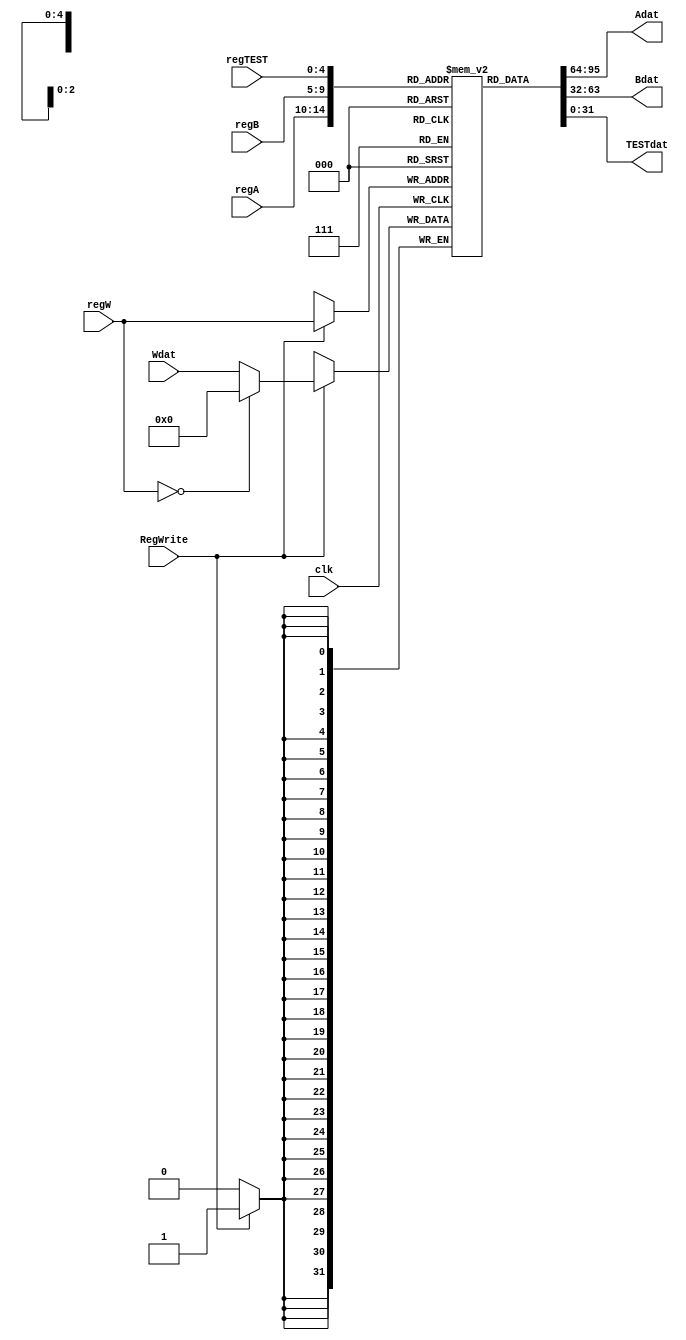
module RegFile (clk,  regA, regB, regTEST, regW, Wdat, RegWrite,  Adat, Bdat, TESTdat);
    input clk,RegWrite;		// write enable
    input [4:0] regTEST, regA, regB, regW;	// source/dest register address
    input [31:0] Wdat;			// data writing to dest
    output wire [31:0] Adat, Bdat, TESTdat;		// data read from source
	 reg [31:0] regfile [0:31];
	 assign  Adat=regfile[regA];
	 assign  Bdat=regfile[regB];
	 assign  TESTdat=regfile[regTEST];
	 always @(posedge clk) begin
        //Deal with asynchronized Reset signal
		if(RegWrite) regfile[regW]=(regW==0)?0:Wdat;
	end
endmodule